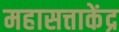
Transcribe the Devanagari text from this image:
महासत्ताकेंद्र